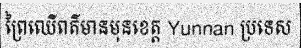
ព្រៃឈើពត៌មានមុនខេត្ត Yunnan ប្រទេស